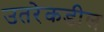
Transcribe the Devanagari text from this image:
उतरेकडील